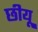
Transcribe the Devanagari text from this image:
छीयू